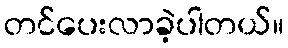
တင်ပေးလာခဲ့ပါတယ်။